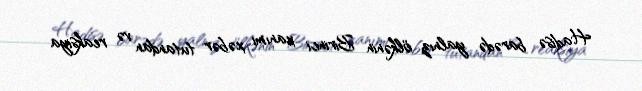
Hadisə barədə yalnız ölkənin Birinci xanımı xəbər tutandan və reaksiya